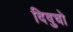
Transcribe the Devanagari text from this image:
दिवुचो